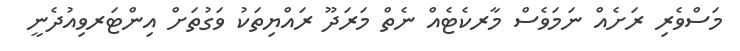
މަސްވެރި ރަށެއް ނަމަވެސް މާރކެޓެއް ނެތް މަރަދޫ ރައްޔިތަކު ވަގުތަށް އިންޓަރވިއުދެނީ